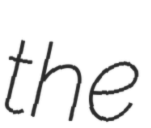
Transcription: the